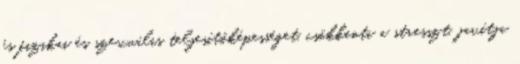
és fizikai és szexuális teljesítőképességet, csökkenti a stresszt, javítja